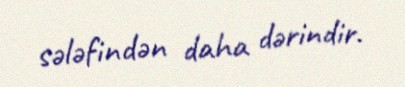
sələfindən daha dərindir.